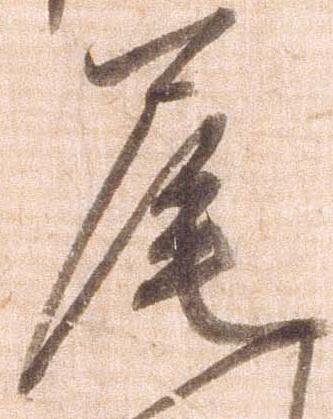
尾